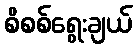
စိစစ်ရွေးချယ်